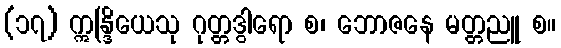
(၁၇) ဣန္ဒြိယေသု ဂုတ္တဒွါရော စ၊ ဘောဇနေ မတ္တညူ စ။